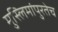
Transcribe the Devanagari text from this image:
मुस्लिमांपुरतेच